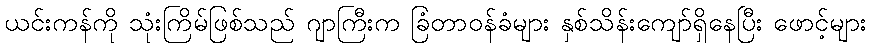
ယင်းကန်ကို သုံးကြိမ်ဖြစ်သည် ဂျာကြီးက ခြံတာဝန်ခံများ နှစ်သိန်းကျော်ရှိနေပြီး ဖောင့်များ